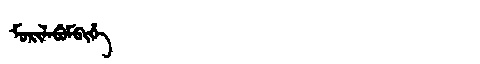
Manchu: ᠮᠣᡵᡳᠯᠠᠪᡠᠮᠪᡳᡥᡝ
Romanization: MORILABUMBIHE